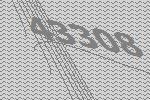
43308